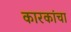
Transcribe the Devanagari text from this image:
कारकांचा